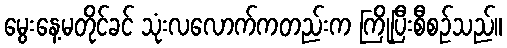
မွေးနေ့မတိုင်ခင် သုံးလလောက်ကတည်းက ကြိုပြီးစီစဉ်သည်။